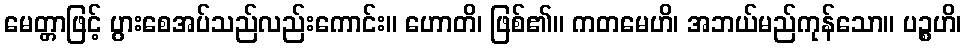
မေတ္တာဖြင့် ပွားစေအပ်သည်လည်းကောင်း။ ဟောတိ၊ ဖြစ်၏။ ကတမေဟိ၊ အဘယ်မည်ကုန်သော။ ပဉ္စဟိ၊